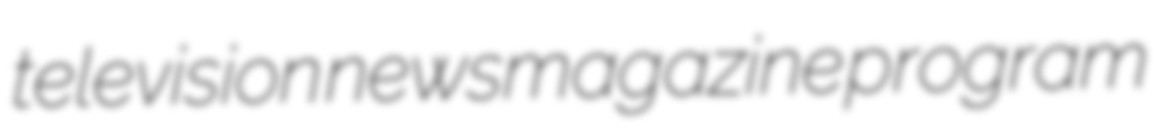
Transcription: television newsmagazine program